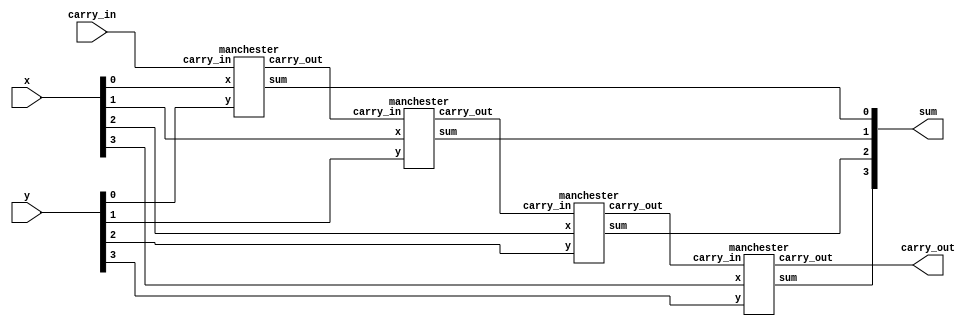
`timescale 1ns / 1ps
module adder(sum,carry_out,x,y,carry_in);
  output [3:0] sum;
  output carry_out;
  input [3:0] x,y;
  input carry_in;
  wire carry_out0,carry_out1,carry_out2;
  
  manchester MC1(sum[0],carry_out0,x[0],y[0],carry_in);
  manchester MC2(sum[1],carry_out1,x[1],y[1],carry_out0);
  manchester MC3(sum[2],carry_out2,x[2],y[2],carry_out1);
  manchester MC4(sum[3],carry_out,x[3],y[3],carry_out2);
  
endmodule

module manchester(sum,carry_out,x,y,carry_in);  
    output sum;
    output reg carry_out;
    input x,y,carry_in;
    wire prop,gen,kill;
    assign prop = x ^ y;
    assign gen = x & y;
    assign kill = ~(x | y);
    assign sum = prop ^ carry_in;
    
    always@(*)
    if (kill)
      carry_out = 1'b0;
    else if(prop)
      carry_out = carry_in;
    else
      carry_out = 1'b1;
endmodule